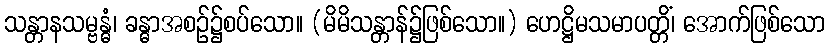
သန္တာနသမ္ဗန္ဓံ၊ ခန္ဓာအစဉ်၌စပ်သော။ (မိမိသန္တာန်၌ဖြစ်သော။) ဟေဋ္ဌိမသမာပတ္တိံ၊ အောက်ဖြစ်သော